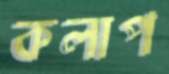
কলাপ